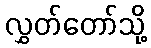
လွှတ်တော်သို့